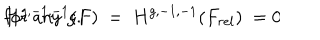
H ^ { g , - 1 , - 1 } ( F ) \ = \ H ^ { g , - 1 , - 1 } ( F _ { r e l } ) \ = 0 \hspace { 1 c m } \mathrm { f o r \; a n y } \; g .